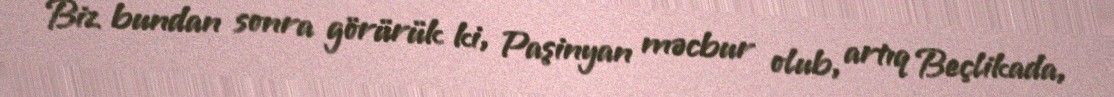
Biz bundan sonra görürük ki, Paşinyan məcbur olub, artıq Beçlikada,